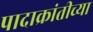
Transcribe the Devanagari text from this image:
पादाक्रांतीच्या